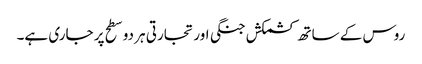
روس کے ساتھ کشمکش جنگی اور تجارتی ہر دو سطح پر جاری ہے۔